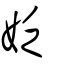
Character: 姂